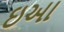
ઇઆ